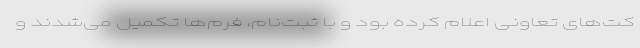
کت‌های تعاونی اعلام کرده بود و با ثبت‌نام، فرم‌ها تکمیل می‌شدند و